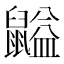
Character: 𪕶